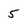
Character: 5